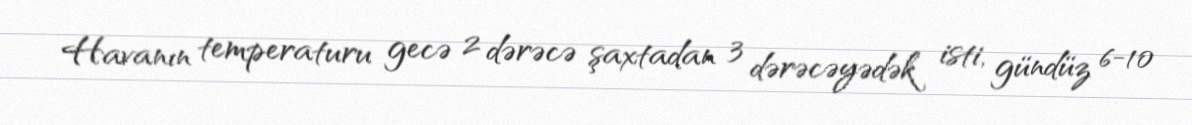
Havanın temperaturu gecə 2 dərəcə şaxtadan 3 dərəcəyədək isti, gündüz 6-10